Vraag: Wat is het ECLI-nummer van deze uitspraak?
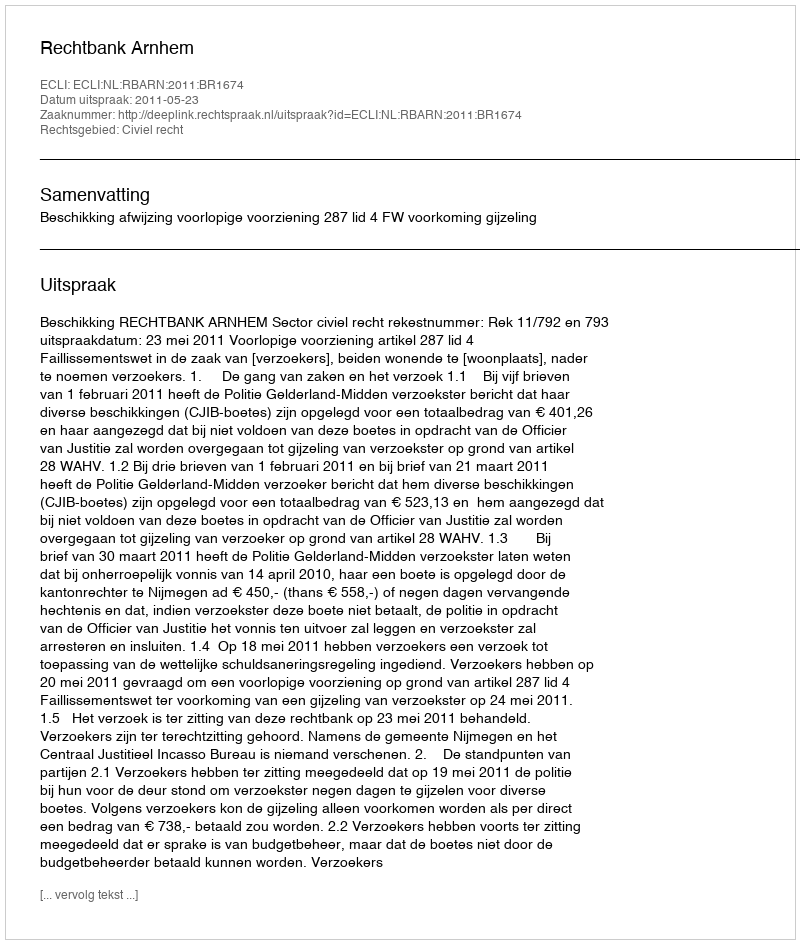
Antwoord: ECLI:NL:RBARN:2011:BR1674